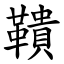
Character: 鞼